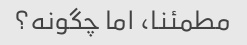
مطمئنا، اما چگونه؟